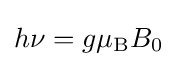
h\nu =g\mu _{\text{B}}B_{0}